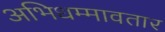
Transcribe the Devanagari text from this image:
अभिधम्मावतार